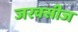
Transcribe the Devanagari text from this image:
जरक्सीज